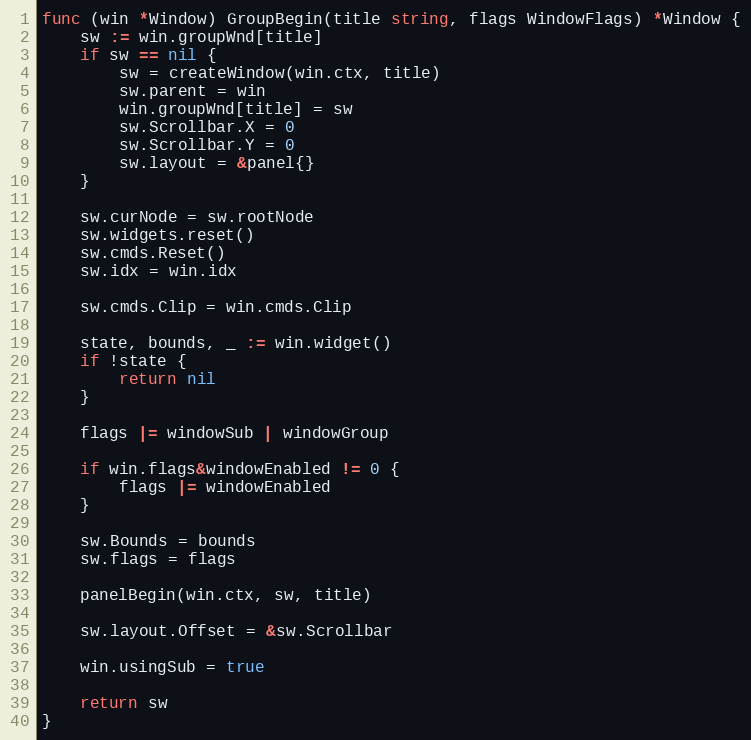
Language: Go
func (win *Window) GroupBegin(title string, flags WindowFlags) *Window {
	sw := win.groupWnd[title]
	if sw == nil {
		sw = createWindow(win.ctx, title)
		sw.parent = win
		win.groupWnd[title] = sw
		sw.Scrollbar.X = 0
		sw.Scrollbar.Y = 0
		sw.layout = &panel{}
	}

	sw.curNode = sw.rootNode
	sw.widgets.reset()
	sw.cmds.Reset()
	sw.idx = win.idx

	sw.cmds.Clip = win.cmds.Clip

	state, bounds, _ := win.widget()
	if !state {
		return nil
	}

	flags |= windowSub | windowGroup

	if win.flags&windowEnabled != 0 {
		flags |= windowEnabled
	}

	sw.Bounds = bounds
	sw.flags = flags

	panelBegin(win.ctx, sw, title)

	sw.layout.Offset = &sw.Scrollbar

	win.usingSub = true

	return sw
}